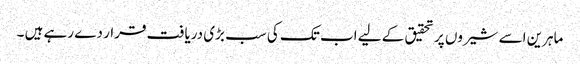
ماہرین اسے شیروں پر تحقیق کے لیے اب تک کی سب بڑی دریافت قرار دے رہے ہیں ۔